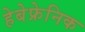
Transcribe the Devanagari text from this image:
हेबेफ्रेनिक